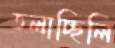
তলাচ্ছিলি